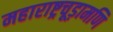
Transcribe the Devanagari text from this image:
महाराष्ट्रचूड़ामणि